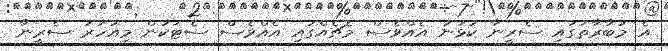
އެ މުބާރާތުގައި ސެރީނާ ކުޅުނު އެއްވެސް މެޗެއްގައި އެއްވެސް ސެޓަކުން މިއަހަރު ސެރީނާ